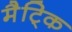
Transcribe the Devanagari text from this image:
मैट्कि